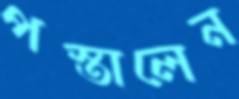
পস্তালেন